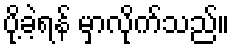
ပို့ခဲ့ရန် မှာလိုက်သည်။